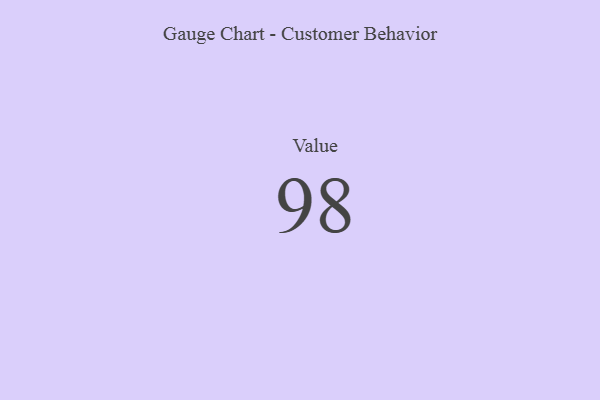
{"axis": {"x": "Metric", "y": "Value"}, "legend": [""], "data": [{"x": "Value", "y": 98, "type": ""}]}